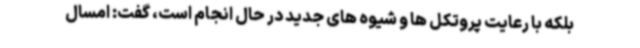
بلکه با رعایت پروتکل ها و شیوه های جدید در حال انجام است، گفت: امسال